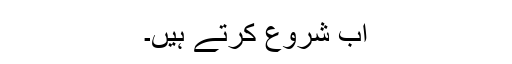
اب شروع کرتے ہیں۔